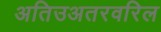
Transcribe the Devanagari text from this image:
अतिउअतरवरिल